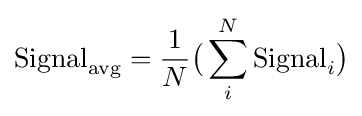
{\text{Signal}}_{\text{avg}}={\frac {1}{N}}{\big (}\sum _{i}^{N}{\text{Signal}}_{i}{\big )}